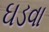
ઘડવા